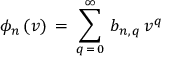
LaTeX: \phi _ { n } \, ( v ) \, = \, \sum _ { q \, = \, 0 } ^ { \infty } \, b _ { n , \, q } \, v ^ { q }